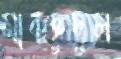
মাকছুদুল